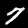
Digit: 7